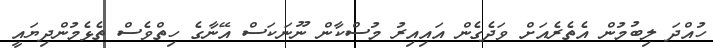
ހުއްދަ ލިބުމުން އެތެރެއަށް ވަދެގެން އައިއިރު މުސްކާން ނޫނަކަސް އޭނާގެ ހިތްވެސް ތެޅެމުންދިޔައީ